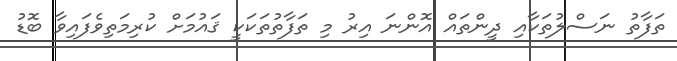
ތަފާތު ނަސްލުތަކާއި ދީންތައް އޮންނަ އިރު މި ތަފާތުތަކަކީ ޤައުމަށް ކުރިމަތިވެފައިވާ ބޮޑު